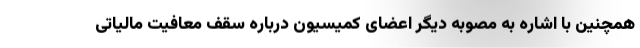
همچنین با اشاره به مصوبه دیگر اعضای کمیسیون درباره سقف معافیت مالیاتی